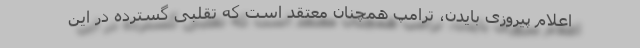
اعلام پیروزی بایدن، ترامپ همچنان معتقد است که تقلبی گسترده در این